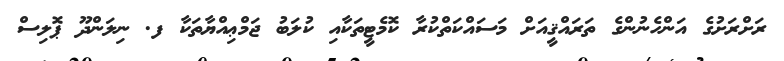
ރަށްރަށުގެ އަންހެނުންގެ ތަރައްޤީއަށް މަސައްކަތްކުރާ ކޮމެޓީތަކާއި ކުލަބު ޖަމްޢިއްޔާތަކާ ފ. ނިލަންދޫ ޕޮލިސް